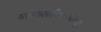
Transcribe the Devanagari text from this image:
महाकारुणिकचित्तसूत्र